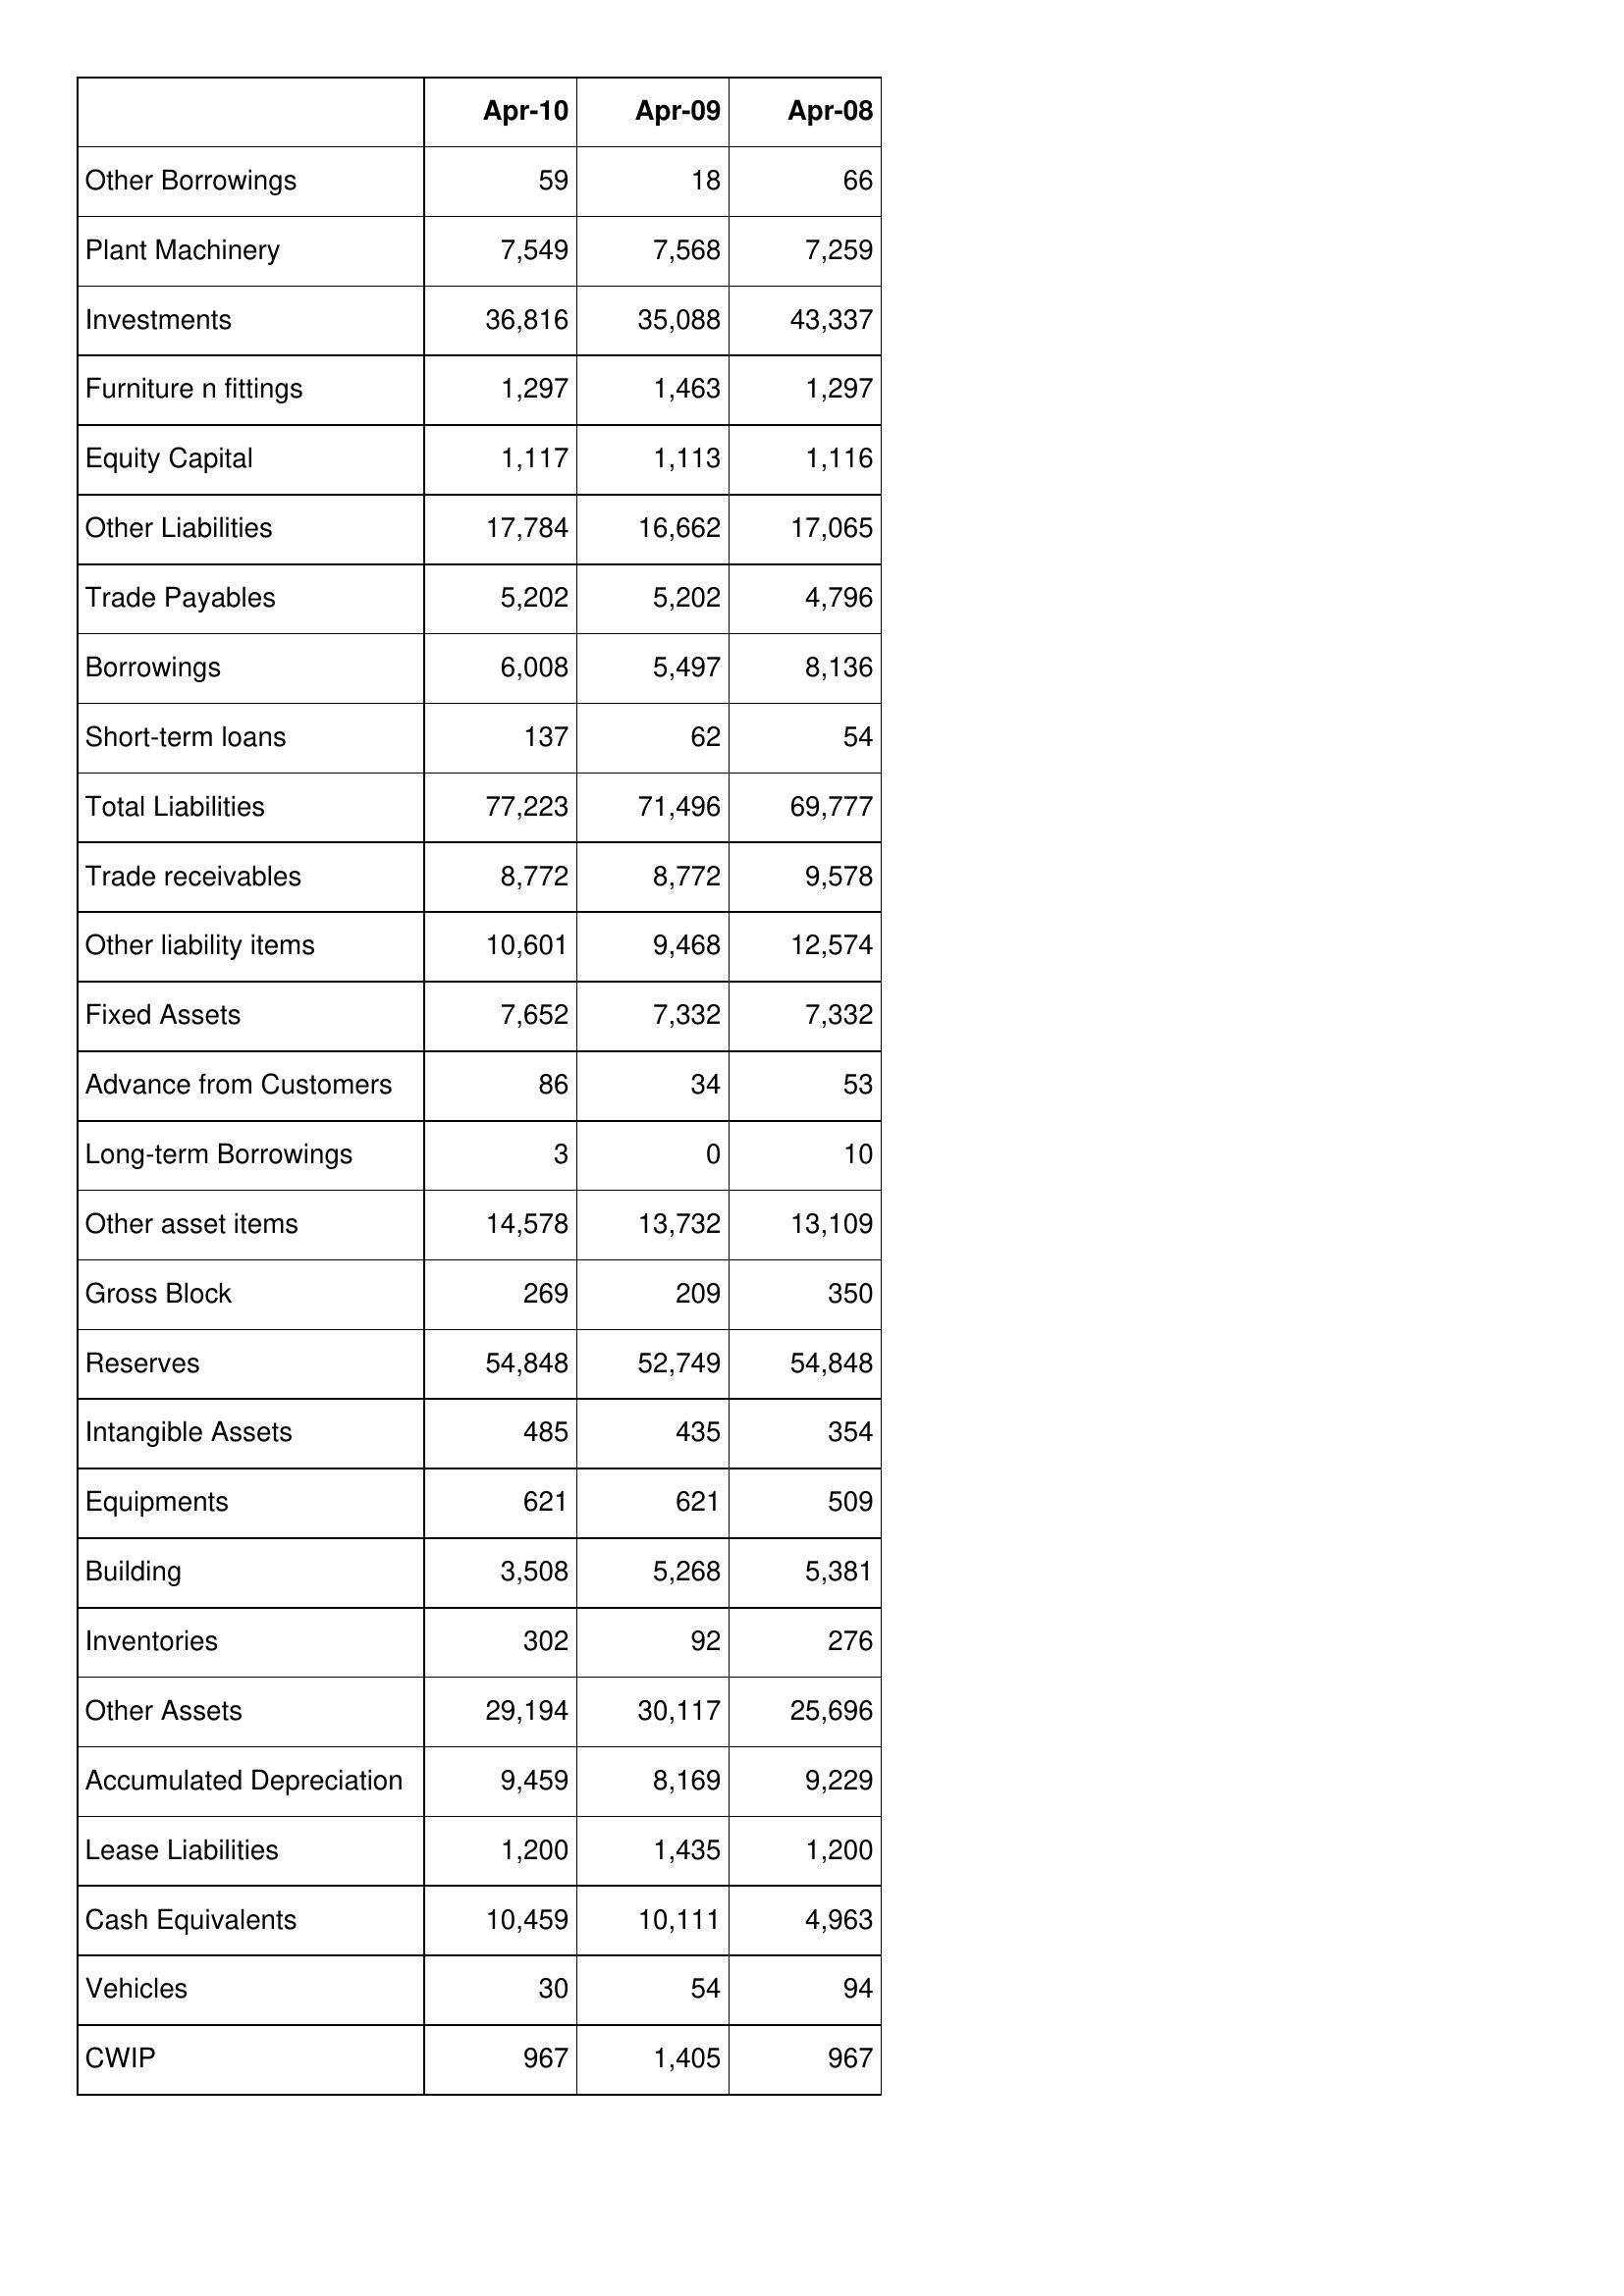
Apr-10: Balance Sheet: Other Borrowings: 59
Plant Machinery: 7,549
Investments: 36,816
Furniture n fittings: 1,297
Equity Capital: 1,117
Other Liabilities: 17,784
Trade Payables: 5,202
Borrowings: 6,008
Short-term loans: 137
Total Liabilities: 77,223
Trade receivables: 8,772
Other liability items: 10,601
Fixed Assets: 7,652
Advance from Customers: 86
Long-term Borrowings: 3
Other asset items: 14,578
Gross Block: 269
Reserves: 54,848
Intangible Assets: 485
Equipments: 621
Building: 3,508
Inventories: 302
Other Assets: 29,194
Accumulated Depreciation: 9,459
Lease Liabilities: 1,200
Cash Equivalents: 10,459
Vehicles: 30
CWIP: 967
Apr-09: Balance Sheet: Other Borrowings: 18
Plant Machinery: 7,568
Investments: 35,088
Furniture n fittings: 1,463
Equity Capital: 1,113
Other Liabilities: 16,662
Trade Payables: 5,202
Borrowings: 5,497
Short-term loans: 62
Total Liabilities: 71,496
Trade receivables: 8,772
Other liability items: 9,468
Fixed Assets: 7,332
Advance from Customers: 34
Long-term Borrowings: 0
Other asset items: 13,732
Gross Block: 209
Reserves: 52,749
Intangible Assets: 435
Equipments: 621
Building: 5,268
Inventories: 92
Other Assets: 30,117
Accumulated Depreciation: 8,169
Lease Liabilities: 1,435
Cash Equivalents: 10,111
Vehicles: 54
CWIP: 1,405
Apr-08: Balance Sheet: Other Borrowings: 66
Plant Machinery: 7,259
Investments: 43,337
Furniture n fittings: 1,297
Equity Capital: 1,116
Other Liabilities: 17,065
Trade Payables: 4,796
Borrowings: 8,136
Short-term loans: 54
Total Liabilities: 69,777
Trade receivables: 9,578
Other liability items: 12,574
Fixed Assets: 7,332
Advance from Customers: 53
Long-term Borrowings: 10
Other asset items: 13,109
Gross Block: 350
Reserves: 54,848
Intangible Assets: 354
Equipments: 509
Building: 5,381
Inventories: 276
Other Assets: 25,696
Accumulated Depreciation: 9,229
Lease Liabilities: 1,200
Cash Equivalents: 4,963
Vehicles: 94
CWIP: 967